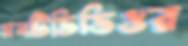
মনটিভিডিওর